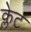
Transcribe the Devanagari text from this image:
क्लेट